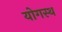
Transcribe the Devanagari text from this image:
योगस्थ